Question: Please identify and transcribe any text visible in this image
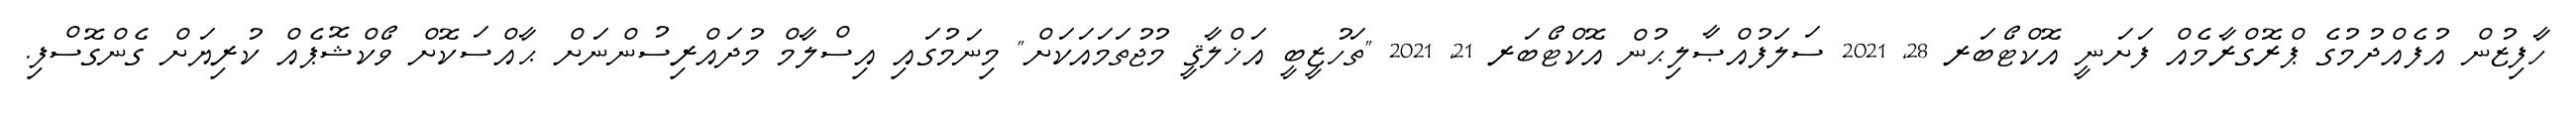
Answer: ހާފިޒުން އުފެއްދުމުގެ ޕްރޮގްރާމެއް ފަށަނީ އޮކްޓޯބަރ 28, 2021 ސަލަފުއްޞާލިޙުން އޮކްޓޯބަރ 21, 2021 "ތަހުޒީބީ އަޚްލާޤީ މުޖުތަމައަކަށް" މިނަމުގައި އިސްލާމް މުދައްރިސުންނަށް ޙާއްސަކޮށް ވޯކްޝޮޕެއް ކުރިޔަށް ގެންގޮސްފި.